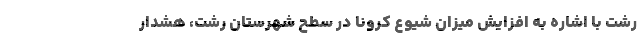
رشت با اشاره به افزایش میزان شیوع کرونا در سطح شهرستان رشت، هشدار